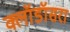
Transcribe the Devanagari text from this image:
क्लॉडॉसरा